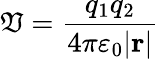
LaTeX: \mathfrak{V}={\frac{{q_{1}q_{2}}}{{4\pi\varepsilon_{0}|\mathbf{{r}}|}}}